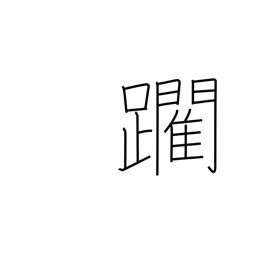
Meaning: edge forward